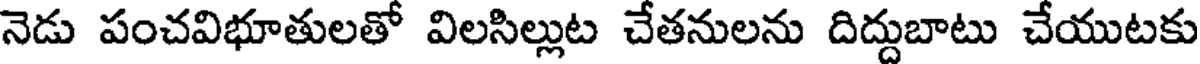
నెడు పంచవిభూతులతో విలసిల్లుట చేతనులను దిద్దుబాటు చేయుటకు